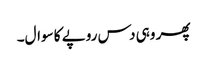
پھر وہی دس روپے کا سوال۔